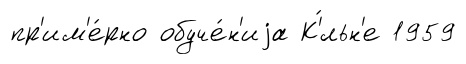
пр'им'е́рно обуче́н'иjа К'́льн'е 1959